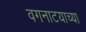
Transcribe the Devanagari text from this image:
वगनाटयाच्या